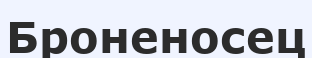
Броненосец